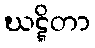
ဃဋ္ဋိတာ